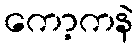
ကော့ကနဲ